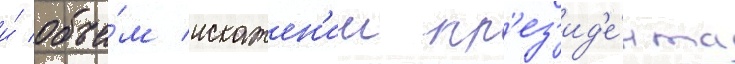
и́ объе́м искажен'ии пр'ез'ид'е́нта